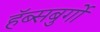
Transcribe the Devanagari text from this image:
हॅब्सबुर्गो